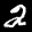
Label: 2